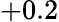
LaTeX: +0.2